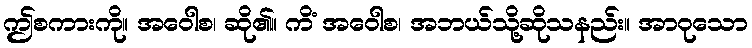
ဤစကားကို။ အဝေါစ၊ ဆို၏။ ကိံ အဝေါစ၊ အဘယ်သို့ဆိုသနည်း။ အာဝုသော